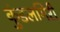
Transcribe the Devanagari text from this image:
कुंडलगिरी